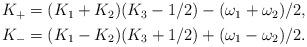
LaTeX: \begin{align*}\begin{aligned} K_{+}&=(K_1+K_2)(K_3-1/2)-(\omega_1+\omega_2)/2, \\ K_{-}&=(K_1-K_2)(K_3+1/2)+(\omega_1-\omega_2)/2. \end{aligned}\end{align*}